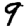
Digit: 9